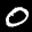
Label: 0